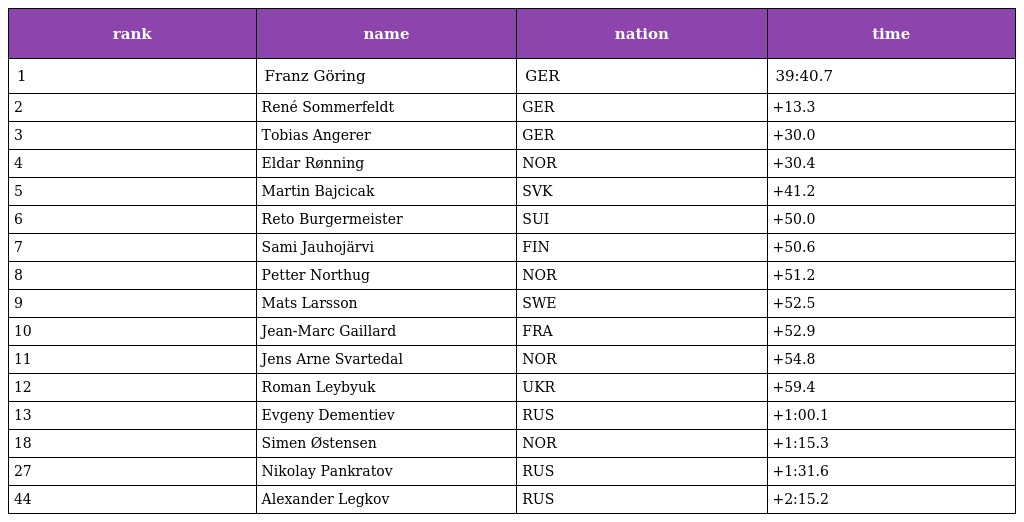
| rank | name | nation | time |
 | --- | --- | --- | --- |
 | 1 | Franz Göring | GER | 39:40.7 |
 | 2 | René Sommerfeldt | GER | +13.3 |
 | 3 | Tobias Angerer | GER | +30.0 |
 | 4 | Eldar Rønning | NOR | +30.4 |
 | 5 | Martin Bajcicak | SVK | +41.2 |
 | 6 | Reto Burgermeister | SUI | +50.0 |
 | 7 | Sami Jauhojärvi | FIN | +50.6 |
 | 8 | Petter Northug | NOR | +51.2 |
 | 9 | Mats Larsson | SWE | +52.5 |
 | 10 | Jean-Marc Gaillard | FRA | +52.9 |
 | 11 | Jens Arne Svartedal | NOR | +54.8 |
 | 12 | Roman Leybyuk | UKR | +59.4 |
 | 13 | Evgeny Dementiev | RUS | +1:00.1 |
 | 18 | Simen Østensen | NOR | +1:15.3 |
 | 27 | Nikolay Pankratov | RUS | +1:31.6 |
 | 44 | Alexander Legkov | RUS | +2:15.2 |